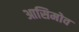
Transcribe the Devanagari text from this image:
आसिमोव